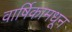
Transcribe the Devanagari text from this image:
वार्षिकामधून